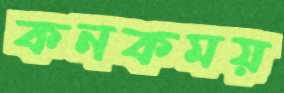
কনকময়